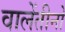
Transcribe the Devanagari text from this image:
वालेंतीनो